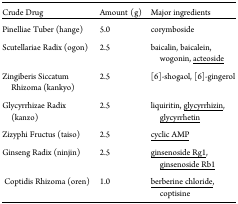
<table><thead><tr><td><b>Crude Drug</b></td><td><b>Amount (g)</b></td><td><b>Major ingredients</b></td></tr></thead><tbody><tr><td>Pinelliae Tuber (hange)</td><td>5.0</td><td>corymboside</td></tr><tr><td>Scutellariae Radix (ogon)</td><td>2.5</td><td>baicalin, baicalein, wogonin, <underline>acteoside</underline></td></tr><tr><td>Zingiberis Siccatum Rhizoma (kankyo)</td><td>2.5</td><td>[6]-shogaol, [6]-gingerol</td></tr><tr><td>Glycyrrhizae Radix (kanzo)</td><td>2.5</td><td>liquiritin, <underline>glycyrrhizin</underline>, <underline>glycyrrhetin</underline></td></tr><tr><td>Zizyphi Fructus (taiso)</td><td>2.5</td><td><underline>cyclic AMP</underline></td></tr><tr><td>Ginseng Radix (ninjin)</td><td>2.5</td><td><underline>ginsenoside Rg1</underline>, <underline>ginsenoside Rb1</underline></td></tr><tr><td> Coptidis Rhizoma (oren)</td><td>1.0</td><td><underline>berberine chloride</underline>, coptisine</td></tr></tbody></table>